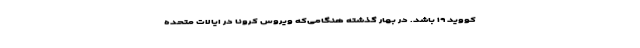
کووید ۱۹ باشد. در بهار گذشته هنگامی‌که ویروس کرونا در ایالات متحده